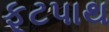
ફૂટપાથ